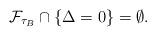
LaTeX: \begin{align*}\mathcal{F}_{\tau_{B}} \cap \{ \Delta = 0 \} = \emptyset.\end{align*}